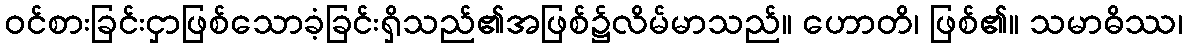
ဝင်စားခြင်းငှာဖြစ်သောခံ့ခြင်းရှိသည်၏အဖြစ်၌လိမ်မာသည်။ ဟောတိ၊ ဖြစ်၏။ သမာဓိဿ၊